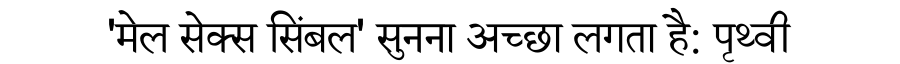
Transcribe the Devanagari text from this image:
'मेल सेक्स सिंबल' सुनना अच्छा लगता है: पृथ्वी